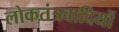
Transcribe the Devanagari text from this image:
लोकतंत्रवादियों